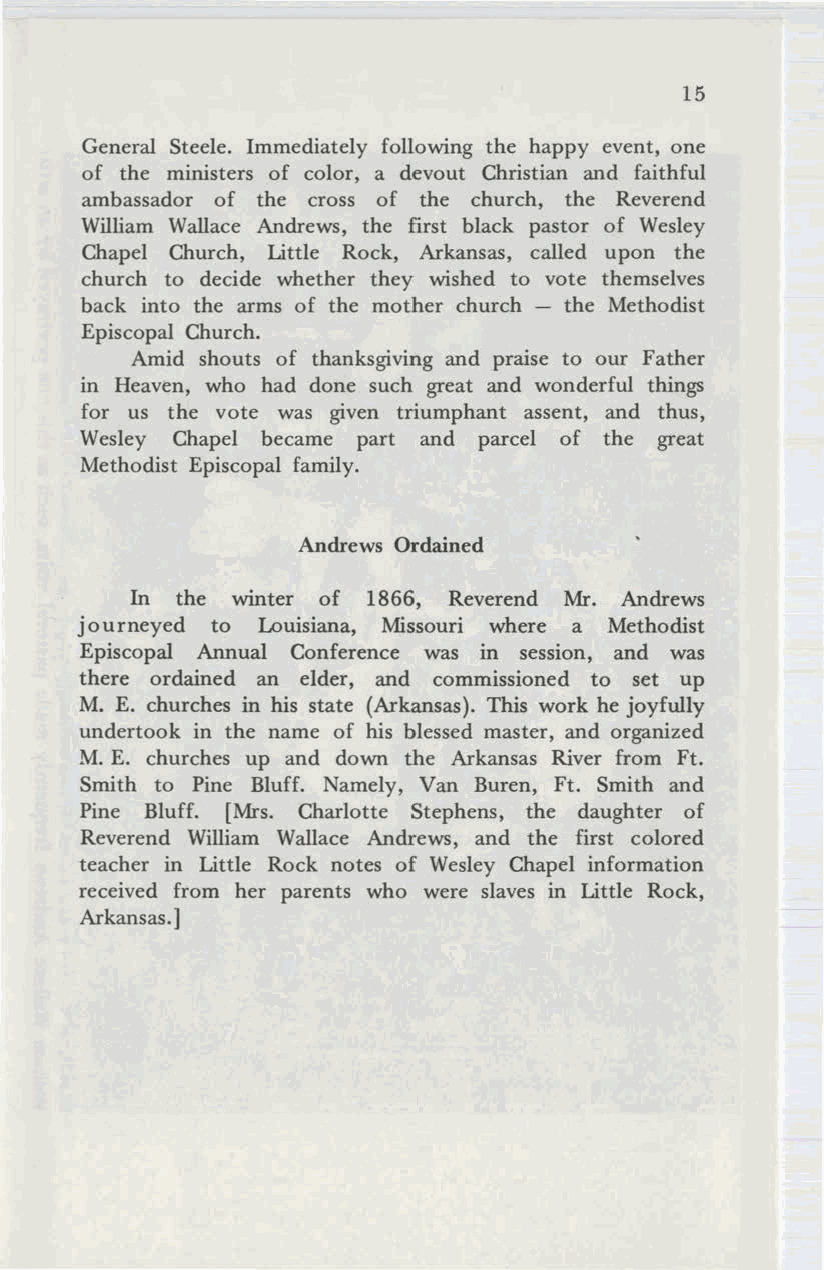
15
 General Steele. Immediately following the happy event, one
 of the ministers of color, a devout Christian and faithful
 ambassador of the cross of the church, the Reverend
 William Wallace Andrews, the first black pastor of Wesley
 Chapel Church, Little Rock, Arkansas, called upon the
 church to decide whether they wished to vote themselves
 back into the arms of the mother church - the Methodist
 Episcopal Church.
 Amid shouts of thanksgiving and praise to our Father
 in Heaven, who had done such great and wonderful things
 for us the vote was given triumphant assent, and thus,
 Wesley Chapel became part and parcel of the great
 Methodist Episcopal family.
 Andrews Ordained
 In the winter of 1866, Reverend Mr. Andrews
 journeyed to Louisiana, Missouri where a Methodist
 Episcopal Annual Conference was in session, and was
 there ordained an elder, and commissioned to set up
 M. E. churches in his state (Arkansas). This work he joyfully
 undertook in the name of his blessed master, and organized
 M. E. churches up and down the Arkansas River from Ft.
 Smith to Pine Bluff. Namely, Van Buren, Ft. Smith and
 Pine Bluff. [Mrs. Charlotte Stephens, the daughter of
 Reverend William Wallace Andrews, and the first colored
 teacher in Little Rock notes of Wesley Chapel information
 received from her parents who were slaves in Little Rock,
 Arkansas.]